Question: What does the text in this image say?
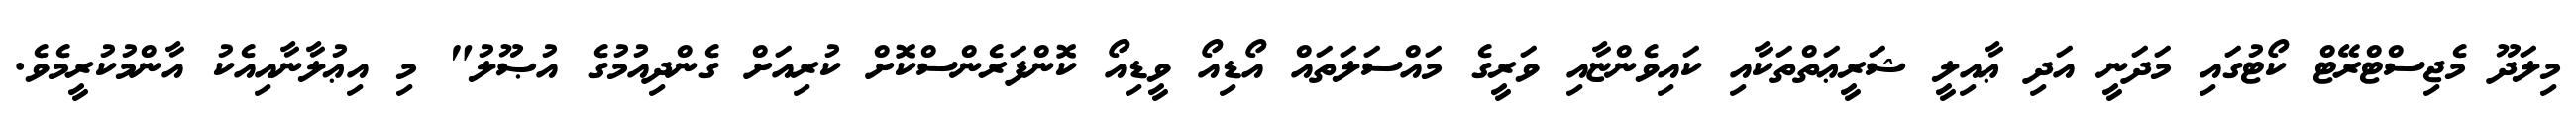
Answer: މިލަދޫ މެޖިސްޓްރޭޓް ކޯޓުގައި މަދަނީ އަދި ޢާއިލީ ޝަރީޢަތްތަކާއި ކައިވެންޏާއި ވަރީގެ މައްސަލަތައް އޯޑިއޯ ވީޑިއޯ ކޮންފަރެންސްކޮށް ކުރިއަށް ގެންދިއުމުގެ އުޞޫލު" މި އިޢުލާނާއިއެކު އާންމުކުރީމެވެ.